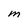
Character: M